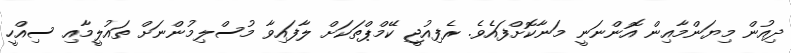
ދިއުން މިޔަންމާއިން އޮންނަނީ މަނާކޮށްފައެވެ. ރެފިއުޖީ ކޭމްޕްތަކަށް ލާފައިވާ މުސްލިމުންނަށް ތައުލީމާއި ސިއްހީ